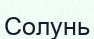
Солунь